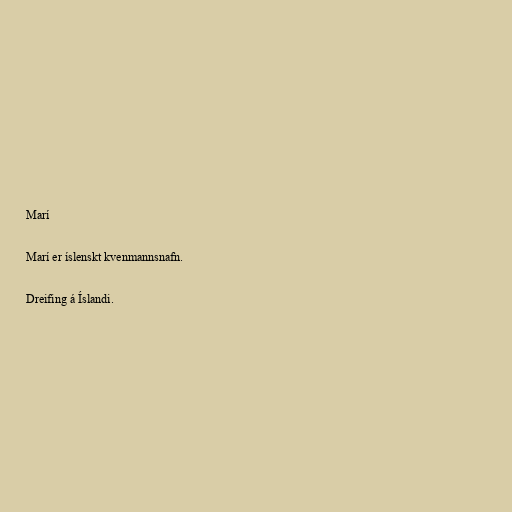
Marí

Marí er íslenskt kvenmannsnafn.

Dreifing á Íslandi.